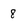
Character: 8